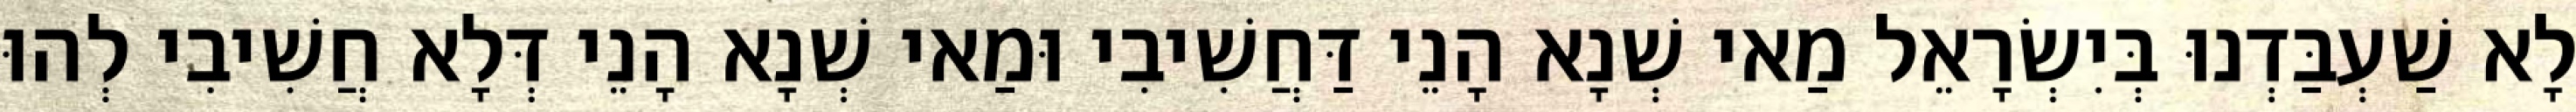
לָא שַׁעְבַּדְנוּ בְּיִשְׂרָאֵל מַאי שְׁנָא הָנֵי דַּחֲשִׁיבִי וּמַאי שְׁנָא הָנֵי דְּלָא חֲשִׁיבִי לְהוּ